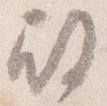
殿